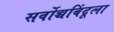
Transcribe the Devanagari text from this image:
सर्वोच्चबिंदूला